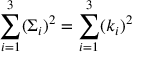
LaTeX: \sum _ { i = 1 } ^ { 3 } ( \Sigma _ { i } ) ^ { 2 } = \sum _ { i = 1 } ^ { 3 } ( k _ { i } ) ^ { 2 }